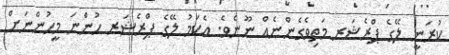
ކުރަނީ ލޭގެ ޕްރެޝަރ މަތިވެގެންނެއް ނޫނެވެ. އެކަމު ލޭގެ ޕްރެޝަރ ހުންނަ މީހުންނަށް